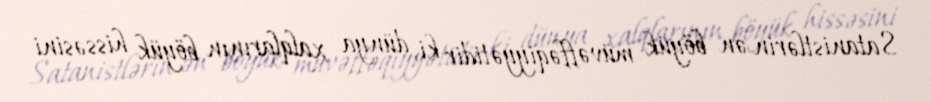
Satanistlərin ən böyük müvəffəqiyyətidir ki, dünya xalqlarının böyük hissəsini